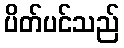
ပိတ်ပင်သည်